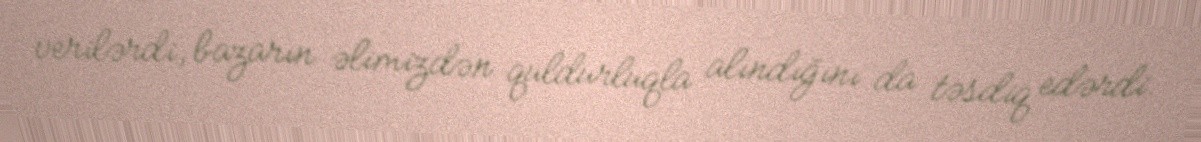
verilərdi, bazarın əlimizdən quldurluqla alındığını da təsdiq edərdi.